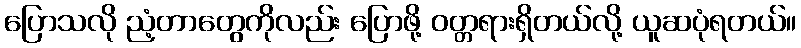
ပြောသလို ညံ့တာတွေကိုလည်း ပြောဖို့ ဝတ္တရားရှိတယ်လို့ ယူဆပုံရတယ်။